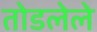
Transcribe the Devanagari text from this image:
तोडलेले